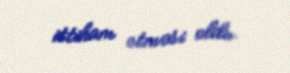
ittiham etməsi oldu.